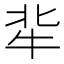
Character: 𤘿